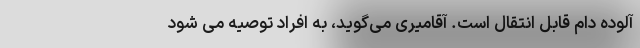
آلوده دام قابل انتقال است. آقامیری می‌گوید، به افراد توصیه می شود